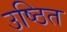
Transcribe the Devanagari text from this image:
उष्ठित